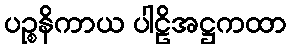
ပဉ္စနိကာယ ပါဠိအဋ္ဌကထာ